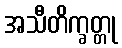
အသီတိက္ခတ္တု